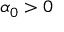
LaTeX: \alpha _ { 0 } > 0